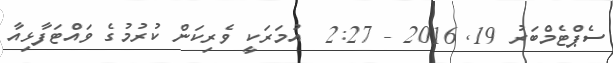
ސެޕްޓެމްބަރު 19